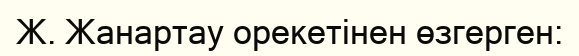
Ж. Жанартау орекетінен өзгерген: